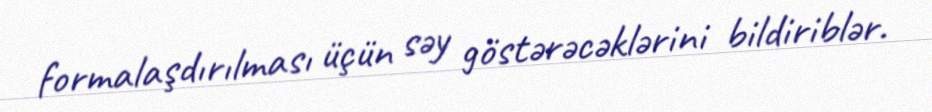
formalaşdırılması üçün səy göstərəcəklərini bildiriblər.